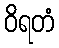
ဝိရတံ